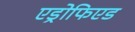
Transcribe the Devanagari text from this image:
एड्रोफिएड